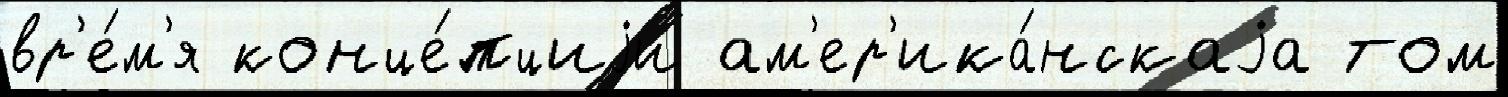
вр'е́м'я конце́пциjи ам'ер'ика́нскаjа том